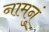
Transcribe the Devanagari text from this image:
नामनुं